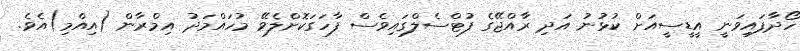
ހޯދާފައިވަނީ އީޑީސީއަށް ކުޅުނު އަދި ރާއްޖޭގެ ފުޓްސެލްގައިވެސް ފާހަގަކޮށްލެވޭ މުހައްމަދު އިމްރާން (އިއްމި)އެވެ.